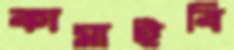
কামাইবি